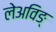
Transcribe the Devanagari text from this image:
लेअविङ्